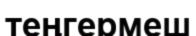
теңгермеш